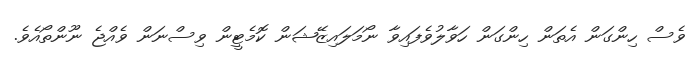
ވެސް ހިންގަން އެތަން ހިންގަން ހަވާލުވެފައިވާ ނޯމަލައިޒޭޝަން ކޮމެޓީން ވިސްނަން ވެއްޖެ ނޫންތޯއެވެ.